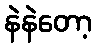
နဲနဲတော့